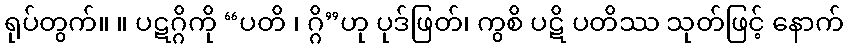
ရုပ်တွက်။ ။ ပဋဂ္ဂိကို “ပတိ ၊ ဂ္ဂိ”ဟု ပုဒ်ဖြတ်၊ ကွစိ ပဋိ ပတိဿ သုတ်ဖြင့် နောက်